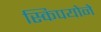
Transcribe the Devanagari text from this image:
स्किपयोने